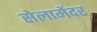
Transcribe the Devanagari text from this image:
सेलामेंदर